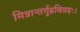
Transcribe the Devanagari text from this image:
मित्रान्तर्गूढविग्रहः।